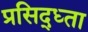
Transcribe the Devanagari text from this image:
प्रसिद्ध्ता